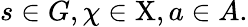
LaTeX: s\in G,\chi\in\mathrm{X},a\in A.